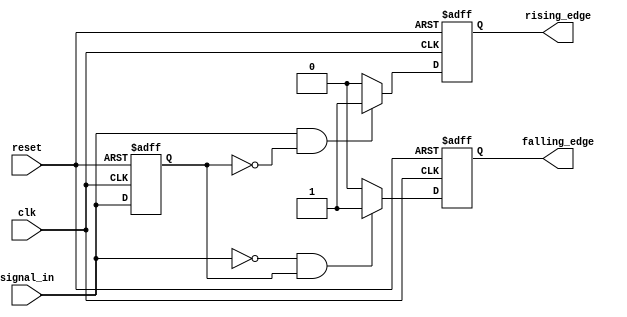
module SchmittTriggerEdgeDetector (
    input wire clk,              // Clock input
    input wire reset,            // Asynchronous reset
    input wire signal_in,        // Input signal to be monitored
    output reg rising_edge,      // Rising edge detected output
    output reg falling_edge      // Falling edge detected output
);
    
    // Threshold levels (these can be parameterized if needed)
    parameter Vth_high = 1'b1;   // Upper threshold for high
    parameter Vth_low = 1'b0;    // Lower threshold for low
    
    reg prev_state;              // Memory block to hold the previous state

    // Asynchronous reset and state sampling on the rising edge of the clock
    always @(posedge clk or posedge reset) begin
        if (reset) begin
            prev_state <= 1'b0;   // Reset previous state
            rising_edge <= 1'b0;  // Reset rising edge output
            falling_edge <= 1'b0; // Reset falling edge output
        end else begin
            // Edge detection logic
            rising_edge <= 1'b0;   // Default to low
            falling_edge <= 1'b0;  // Default to low
            
            // Rising edge detection
            if (signal_in == Vth_high && prev_state == Vth_low) begin
                rising_edge <= 1'b1; // Rising edge detected
            end
            
            // Falling edge detection
            if (signal_in == Vth_low && prev_state == Vth_high) begin
                falling_edge <= 1'b1; // Falling edge detected
            end
            
            // Update previous state
            prev_state <= signal_in; // Store current state for next clock
        end
    end

endmodule